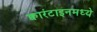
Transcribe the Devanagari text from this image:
क्वारंटाइनमध्ये